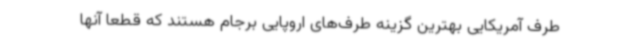
طرف آمریکایی بهترین گزینه طرف‌های اروپایی برجام هستند که قطعا آنها